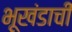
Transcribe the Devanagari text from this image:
भूखंडाची